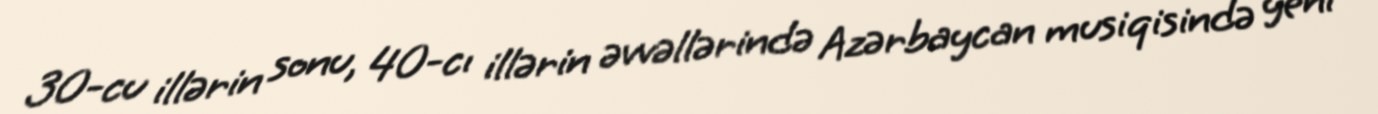
30-cu illərin sonu, 40-cı illərin əvvəllərində Azərbaycan musiqisində yeni